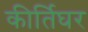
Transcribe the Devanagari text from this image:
कीर्तिघर